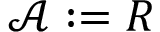
{ \mathcal { A } } : = R